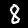
Label: 8